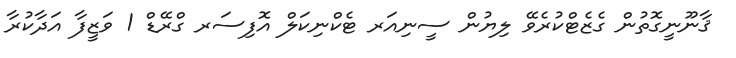
ޤާނޫނީގޮތުން ގެޒެޓްކުރެވޭ ލިޔުން ސީނިއަރ ޓެކްނިކަލް އޮފިސަރ ގްރޭޑް 1 ވަޒީފާ އަދާކުރާ